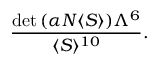
\frac { \mathrm { d e t } \, ( \alpha N \langle S \rangle ) \Lambda ^ { 6 } } { \langle S \rangle ^ { 1 0 } } .